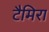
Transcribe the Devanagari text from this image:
टैमिरा